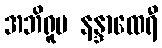
အဘိရူပ နန္ဒာထေရီ